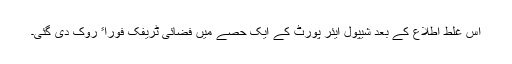
اس غلط اطلاع کے بعد شیپول ایئر پورٹ کے ایک حصے میں فضائی ٹریفک فوراﹰ روک دی گئی۔